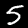
Digit: 5